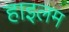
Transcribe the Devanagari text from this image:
हाइलम